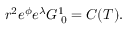
r ^ { 2 } e ^ { \phi } e ^ { \lambda } { \cal G } _ { \; 0 } ^ { 1 } = C ( T ) .